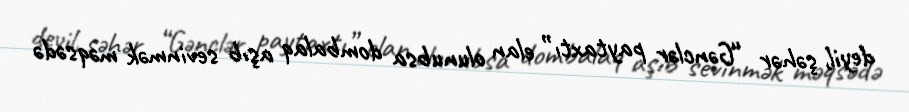
deyil, şəhər “Gənclər paytaxtı” elan olunubsa dombalaq aşıb sevinmək məqsədə